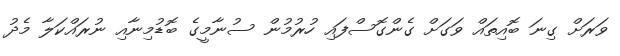
ވަރަށް ގިނަ ބޮއިތައް ވަގަށް ގެންގޮސްފައި ހުރުމުން ސުނާމީގެ ބޮޑުމިނާއި ނުރައްކަލާ މެދު